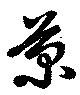
菊